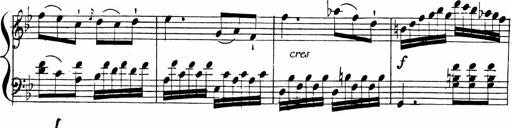
Title: 2 Piano Sonatinas
Composer: Ferdinand Ries